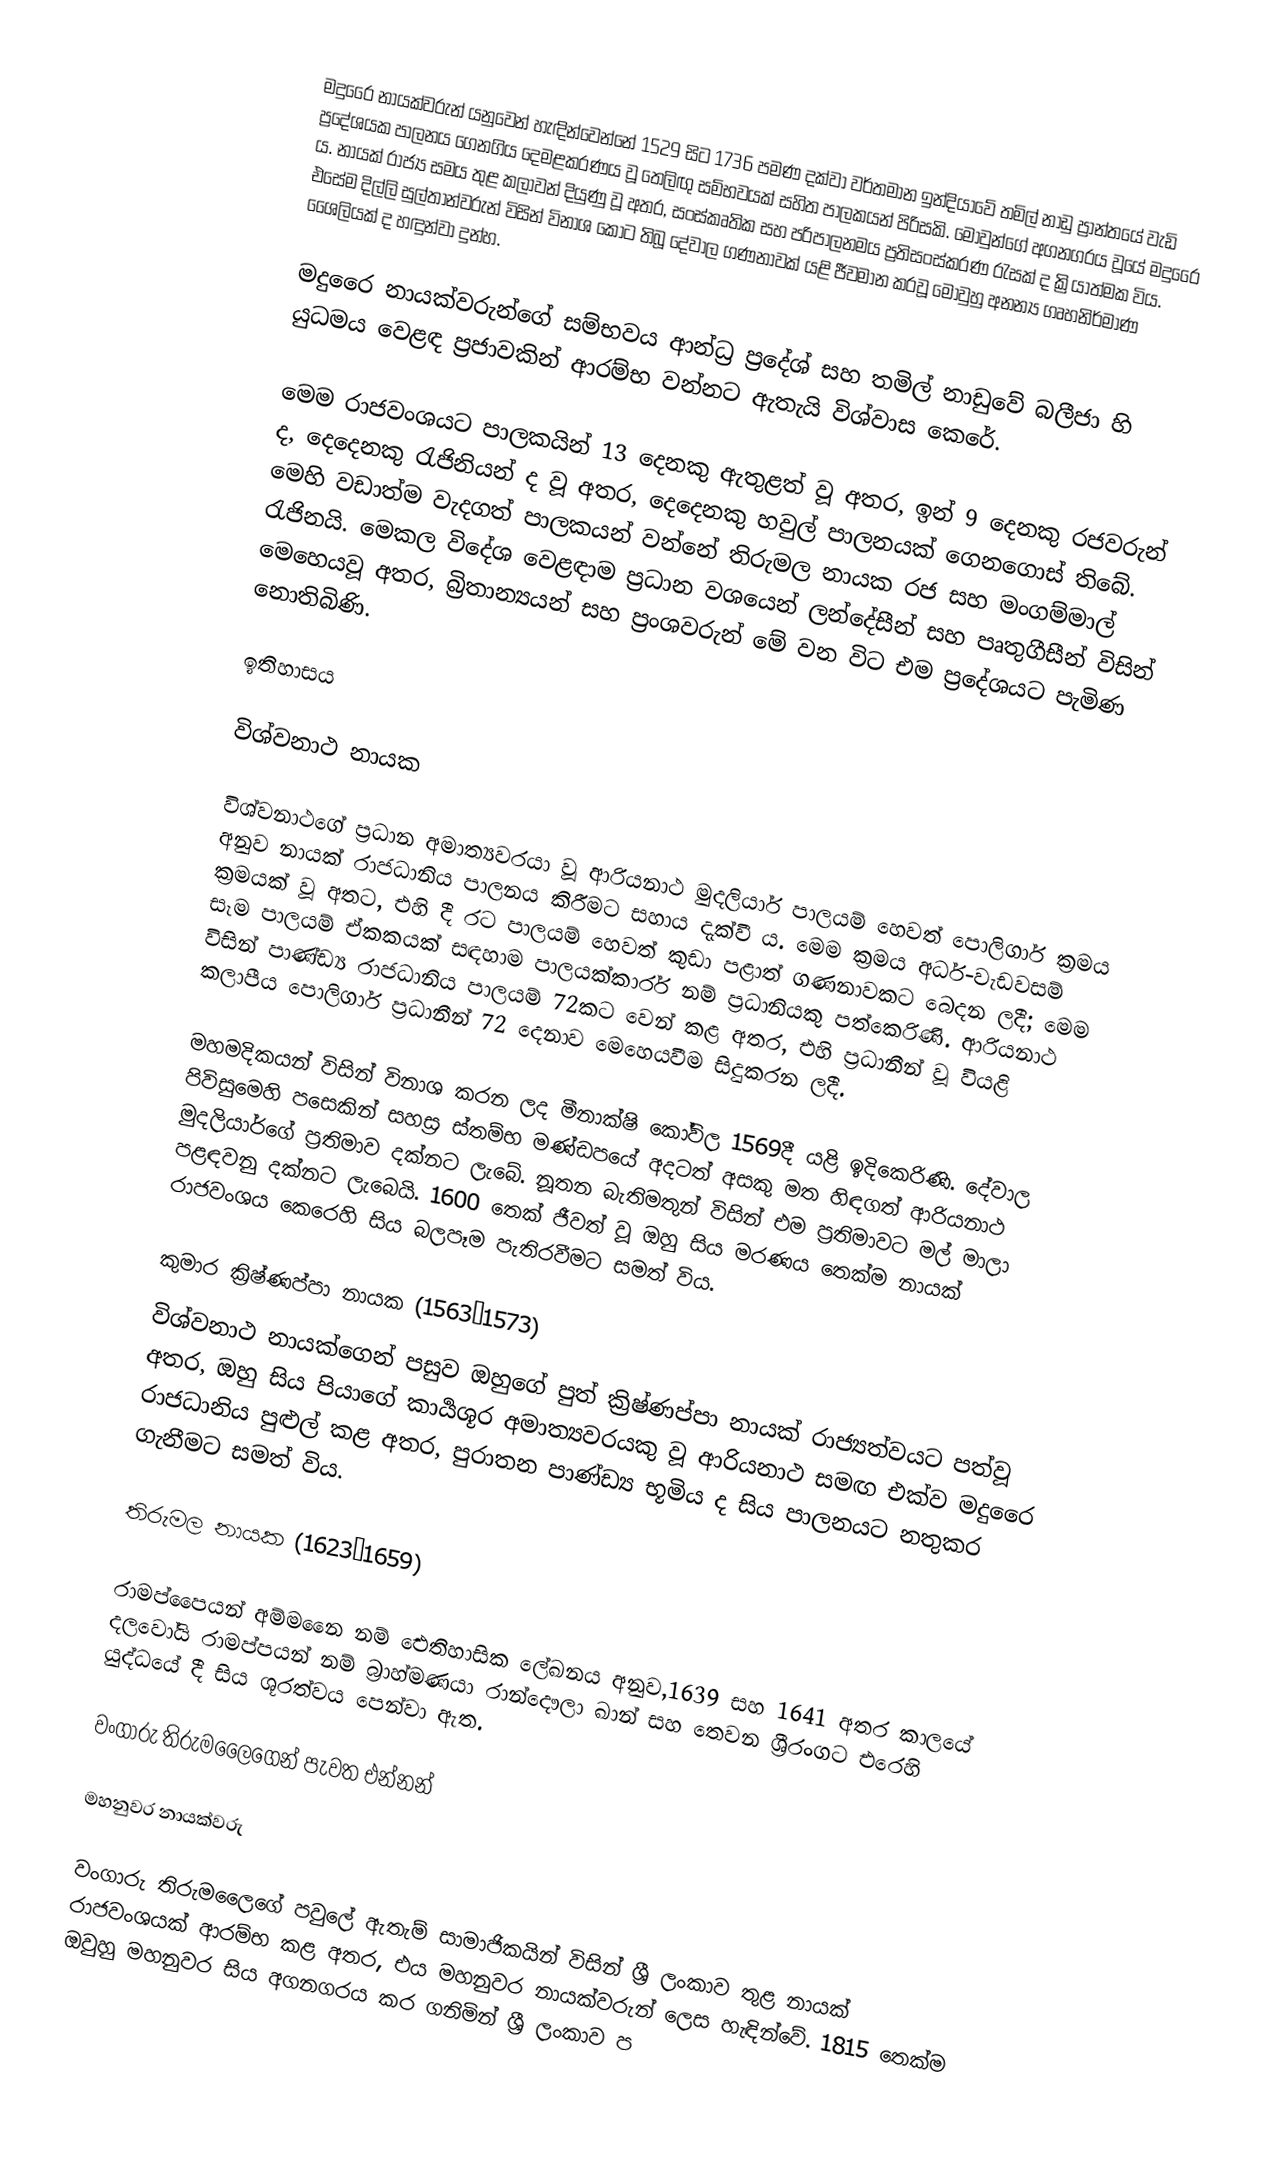
මදුරෛ නායක්වරුන් ‍යනුවෙන් හැඳින්වෙන්නේ 1529 සිට 1736 පමණ දක්වා වර්තමාන ඉන්දියාවේ තමිල් නාඩු ප්‍රාන්තයේ වැඩි ප්‍රදේශයක පාලනය ගෙනගිය දෙමළකරණය වූ තෙලිඟු සම්භවයක් සහිත පාලකයන් පිරිසකි. මොවුන්ගේ අගනගරය වූයේ මදුරෛ ය. නායක් රාජ්‍ය සමය තුළ කලාවන් දියුණු වූ අතර, සංස්කෘතික සහ පරිපාලනමය ප්‍රතිසංස්කරණ රැසක් ද ක්‍රියාත්මක විය. එසේම දිල්ලි සුල්තාන්වරුන් විසින් විනාශ කොට තිබූ දේවාල ගණනාවක් යළි ජීවමාන කරවූ මොවුහු අනන්‍ය ගෘහනිර්මාණ ශෛලියක් ද හඳුන්වා දුන්හ.

මදුරෛ නායක්වරුන්ගේ සම්භවය ආන්ධ්‍ර ප්‍රදේශ් සහ තමිල් නාඩුවේ බලීජා හි යුධමය වෙළඳ ප්‍රජාවකින් ආරම්භ වන්නට ඇතැයි විශ්වාස කෙරේ.

මෙම රාජවංශයට පාලකයින් 13 දෙනකු ඇතුළත් වූ අතර, ඉන් 9 දෙනකු රජවරුන් ද, දෙදෙනකු රැජිනියන් ද වූ අතර, දෙදෙනකු හවුල් පාලනයක් ගෙනගොස් තිබේ. මෙහි වඩාත්ම වැදගත් පාලකයන් වන්නේ තිරුමල නායක රජ සහ මංගම්මාල් රැජිනයි. මෙකල විදේශ වෙළඳාම ප්‍රධාන වශයෙන් ලන්දේසීන් සහ පෘතුගීසීන් විසින් මෙහෙයවූ අතර, බ්‍රිතාන්‍යයන් සහ ප්‍රංශවරුන් මේ වන විට එම ප්‍රදේශයට පැමිණ නොතිබිණි.

ඉතිහාසය

විශ්වනාථ නායක

විශ්වනාථගේ ප්‍රධාන අමාත්‍යවරයා වූ ආරියනාථ මුදලියාර් පාලයම් හෙවත් පොලිගාර් ක්‍රමය අනුව නායක් රාජධානිය පාලනය කිරීමට සහාය දැක්වී ය. මෙම ක්‍රමය අර්ධ-වැඩවසම් ක්‍රමයක් වූ අතට, එහි දී රට පාලයම් හෙවත් කුඩා පළාත් ගණනාවකට බෙදන ලදී; මෙම සෑම පාලයම් ඒකකයක් සඳහාම පාලයක්කාරර් නම් ප්‍රධානියකු පත්කෙරිණි. ආරියනාථ විසින් පාණ්ඩ්‍ය රාජධානිය පාලයම් 72කට වෙන් කළ අතර, එහි ප්‍රධානීන් වූ වියළි කලාපීය පොලිගාර් ප්‍රධානීන් 72 දෙනාව මෙහෙයවීම සිදුකරන ලදී.

මහමදිකයන් විසින් විනාශ කරන ලද මීනාක්ෂි කෝවිල 1569දී යළි ඉදිකෙරිණි. දේවාල පිවිසුමෙහි පසෙකින් සහස්‍ර ස්තම්භ මණ්ඩපයේ අදටත් අසකු මත හිඳගත් ආරියනාථ මුදලියාර්ගේ ප්‍රතිමාව දක්නට ලැබේ. නූතන බැතිමතුන් විසින් එම ප්‍රතිමාවට මල් මාලා පළඳවනු දක්නට ලැබෙයි. 1600 තෙක් ජීවත් වූ ඔහු සිය මරණය තෙක්ම නායක් රාජවංශය කෙරෙහි සිය බලපෑම පැතිරවීමට සමත් විය.

කුමාර ක්‍රිෂ්ණප්පා නායක (1563–1573)
විශ්වනාථ නායක්ගෙන් පසුව ඔහුගේ පුත් ක්‍රිෂ්ණප්පා නායක් රාජ්‍යත්වයට පත්වූ අතර, ඔහු සිය පියාගේ කාර්‍යශූර අමාත්‍යවරයකු වූ ආරියනාථ සමඟ එක්ව මදුරෛ රාජධානිය පුළුල් කළ අතර, පුරාතන පාණ්ඩ්‍ය භූමිය ද සිය පාලනයට නතුකර ගැනීමට සමත් විය.

තිරුමල නායක (1623–1659)

රාමප්පෛයන් අම්මනෛ නම් ඓතිහාසික ලේඛනය අනුව,1639 සහ 1641 අතර කාලයේ දලවෝයි රාමප්පයන් නම් බ්‍රාහ්මණයා රාන්දෞලා ඛාන් සහ තෙවන ශ්‍රීරංගට එරෙහි යුද්ධයේ දී සිය ශූරත්වය පෙන්වා ඇත.

වංගාරු තිරුමලෛගෙන් පැවත එන්නන්

මහනුවර නායක්වරු

වංගාරු තිරුමලෛගේ පවුලේ ඇතැම් සාමාජිකයින් විසින් ශ්‍රී ලංකාව තුළ නායක් රාජවංශයක් ආරම්භ කළ අතර, එය මහනුවර නායක්වරුන් ලෙස හැඳින්වේ. 1815 තෙක්ම ඔවුහු මහනුවර සිය අගනගරය කර ගනිමින් ශ්‍රී ලංකාව ප